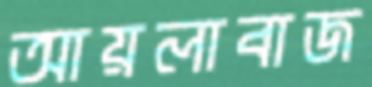
আয়লাবাজ